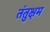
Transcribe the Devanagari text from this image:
तंतुक्षम